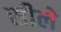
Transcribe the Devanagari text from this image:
सीले